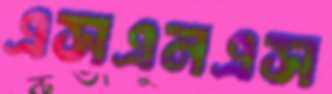
এসএনএস